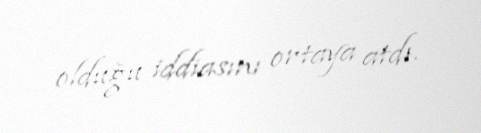
olduğu iddiasını ortaya atdı.